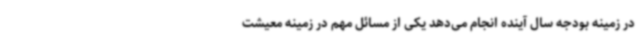
در زمینه بودجه سال آینده انجام می‌دهد یکی از مسائل مهم در زمینه معیشت